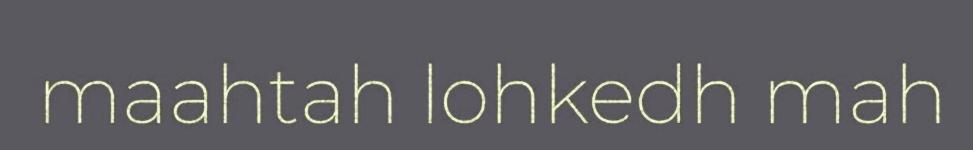
maahtah lohkedh mah